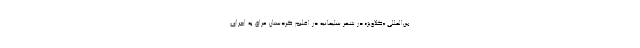
بین‌المللی «گلاویژ» در شهر سلیمانیه در اقلیم کردستان عراق به اجرای